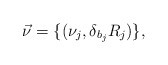
\begin{align*} \vec{\nu}= \{(\nu_j,\delta_{b_j}R_j )\},\end{align*}